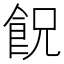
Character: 𩚶